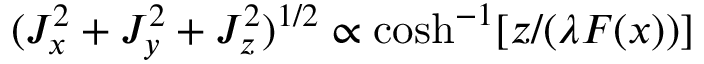
( J _ { x } ^ { 2 } + J _ { y } ^ { 2 } + J _ { z } ^ { 2 } ) ^ { 1 / 2 } \propto \cosh ^ { - 1 } [ z / ( \lambda F ( x ) ) ]